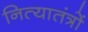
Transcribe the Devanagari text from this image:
नित्यातंत्रों